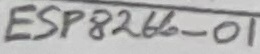
Text: ESP8266-01